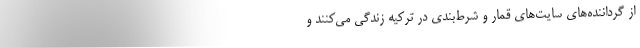
از گرداننده‌های سایت‌های قمار و شرط‌بندی در ترکیه زندگی می‌کنند و